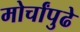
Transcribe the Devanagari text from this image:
मोर्चांपुढे